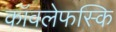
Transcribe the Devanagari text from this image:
कॉवलेफस्कि